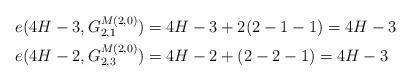
LaTeX: \begin{align*} e(4H-3,G^{M(2,0)}_{2,1}) &=4H-3+2(2-1-1)=4H-3\\ e(4H-2,G^{M(2,0)}_{2,3}) &=4H-2+(2-2-1)=4H-3\end{align*}